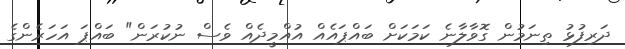
ދަރިފުޅު ތިނަމުން ގޮވާލާނެ ކަމަކަށް ބައްޕައެއް އުއްމީދެއް ވެސް ނުކުރަން" ބައްޕަ އަހަރެންގެ